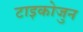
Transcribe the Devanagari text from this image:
टाइकोजुन